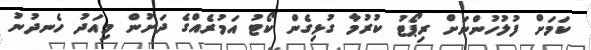
ކަމަށް ފުލުހުންނަށް ރިޕޯޓު ކުރުމާ ގުޅިގެން ކޯޓު އަމުރެއްގެ ދަށުން މިއަދު ހެނދުނު